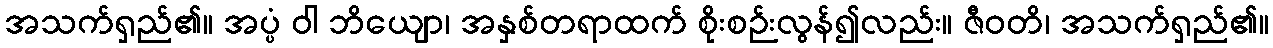
အသက်ရှည်၏။ အပ္ပံ ဝါ ဘိယျော၊ အနှစ်တရာထက် စိုးစဉ်းလွန်၍လည်း။ ဇီဝတိ၊ အသက်ရှည်၏။